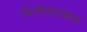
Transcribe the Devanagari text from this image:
मिलीमाइक्रान